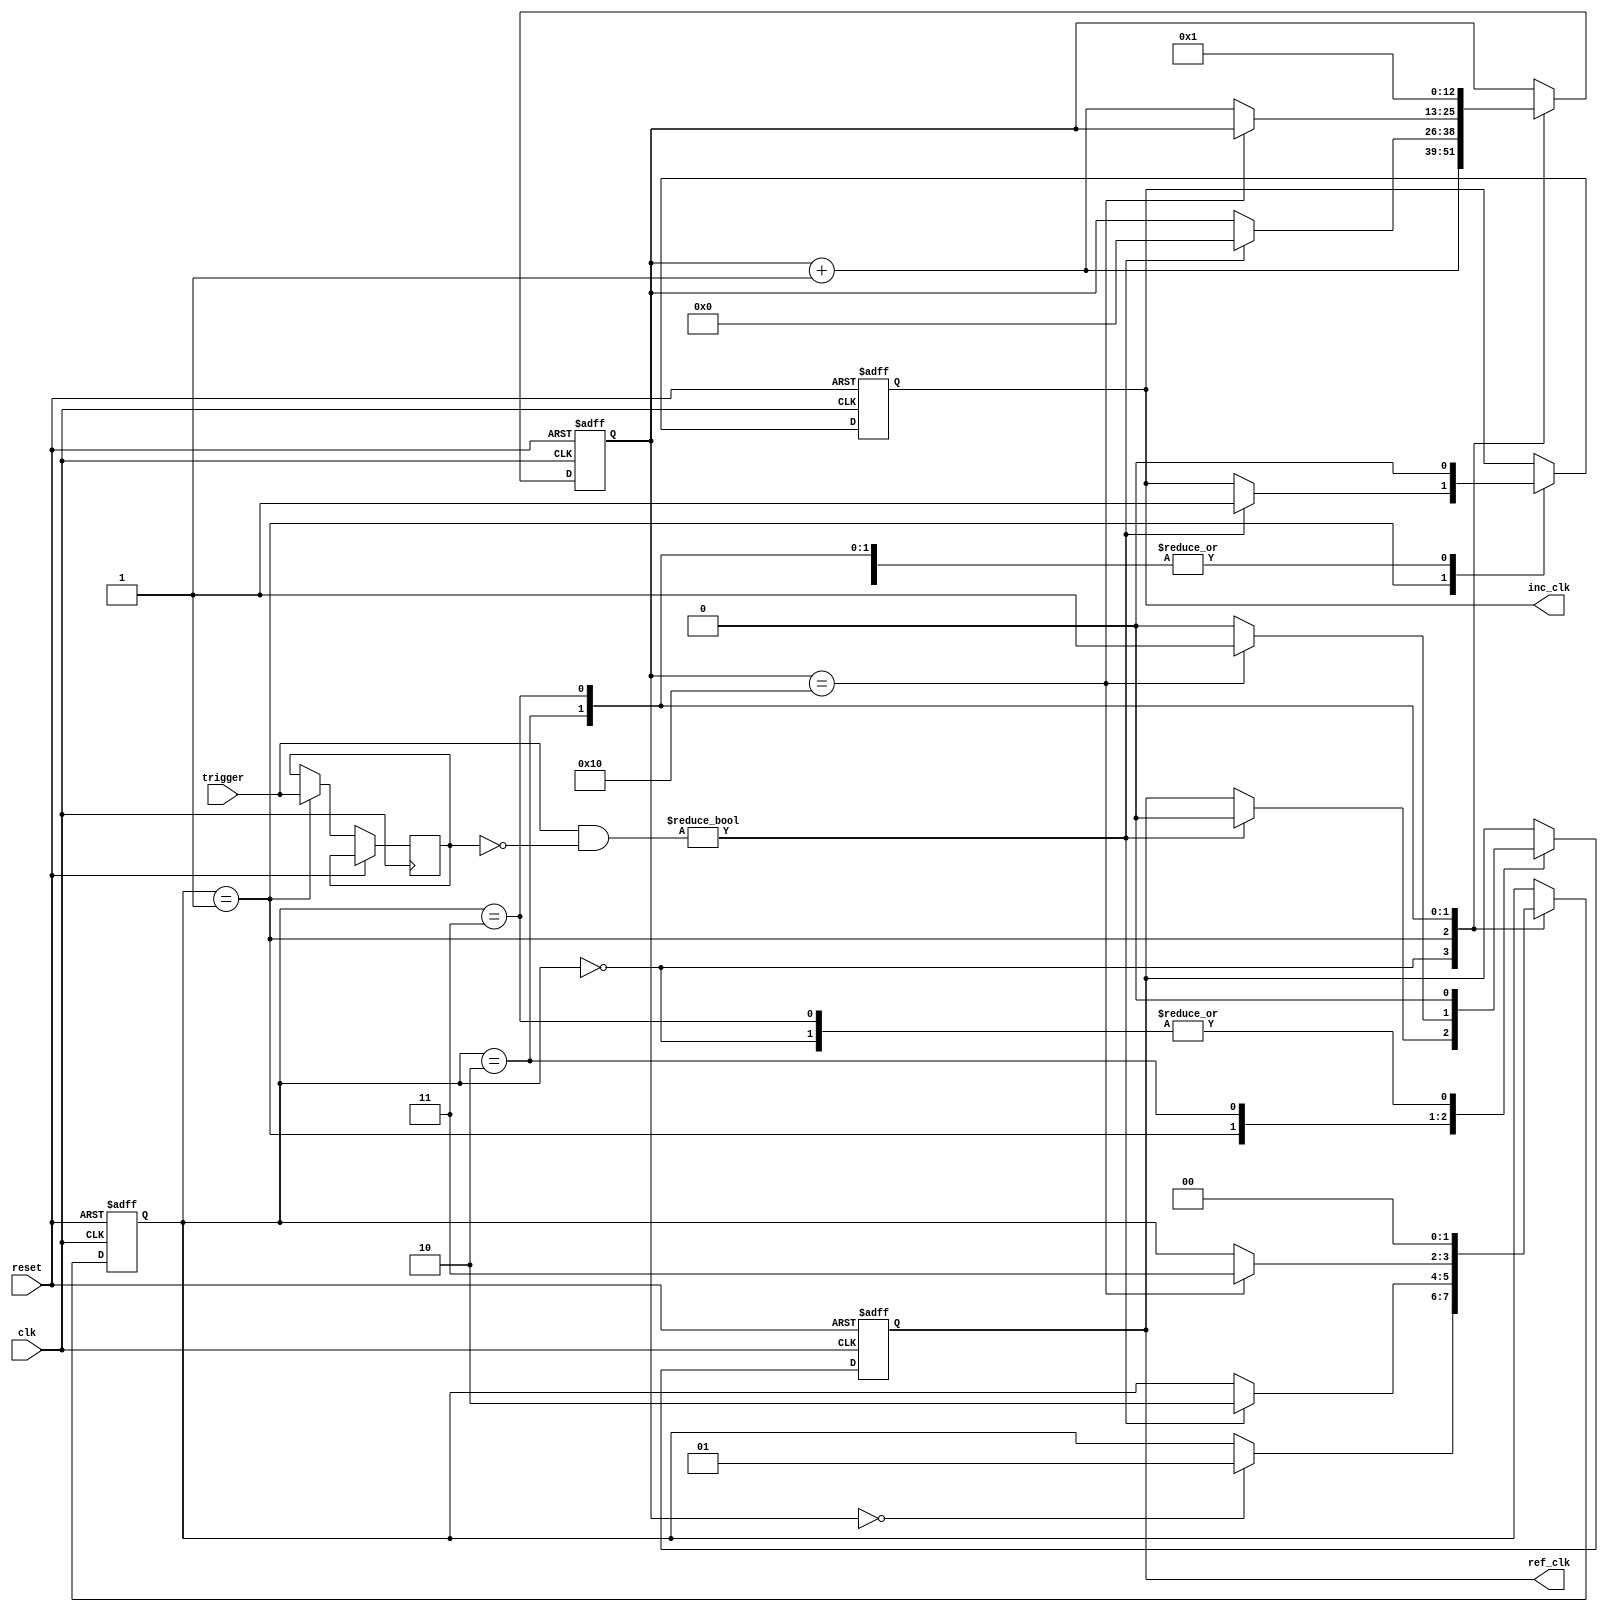
//   Copyright 2024 Martin Putz
//
//   Licensed under the Apache License, Version 2.0 (the "License");
//   you may not use this file except in compliance with the License.
//   You may obtain a copy of the License at
//
//       http://www.apache.org/licenses/LICENSE-2.0
//
//   Unless required by applicable law or agreed to in writing, software
//   distributed under the License is distributed on an "AS IS" BASIS,
//   WITHOUT WARRANTIES OR CONDITIONS OF ANY KIND, either express or implied.
//   See the License for the specific language governing permissions and
//   limitations under the License.

`define default_netname none

module input_trigger #( parameter DIGITS = 6) (
    
    
    	//Input
    input  wire [DIGITS-1:0] trigger, 	//Trigger for input debounce
    input  wire clk,			//System Clock    
    input wire reset,			//System Reset
    	
    	//Output
    output wire inc_clk,   		//Trigger Pulse for the Counter	
    output wire ref_clk   		//Trigger Pulse for the Output Refresh
);

	
	//Count Value
    reg [12:0] counter;

	//Stores the previous state of inputs
    reg [DIGITS-1:0] active_triggers;

	//State Machine Signals
    reg [1:0] State;
    localparam DebounceBlock = 2'b00;
    localparam Ready = 2'b01;
    localparam Calculation = 2'b10;
    localparam Refresh = 2'b11;
    	
    	//Assisting Output Signals
    reg inc_flag;
    reg ref_flag;
    
    always @(posedge clk or posedge reset) begin
        // if reset, set counter to 0
        if (reset) begin
            counter <= 'd0;
            inc_flag <= 1'b0;
            ref_flag <= 1'b0;
            State <= Ready;
        end else begin
        	case(State)
        	//No Reaction for 8191 clock cycles (= 8.191ms), debouncing of inputs
        	//utilizing overflow characteristic
    		DebounceBlock: begin
	    		if (counter == 'd0) begin
				State <= Ready;
			end
			counter <= counter + 'd1;
			inc_flag <= 1'b0;
			ref_flag <= 1'b0;
    		end	
    		//Start Increment/Output if inputs switch to high
    		Ready: begin
    			active_triggers <= trigger;
    			
    			//if new signal is active, start output of pulses
    			if ((trigger & ~active_triggers) != 'd0) begin
    				State <= Calculation;
		    		counter <= 'd0;
		    		inc_flag <= 1'b1;
		    		ref_flag <= 1'b0;
    			end 
    		end
    		//Wait for 16 cycles for the counters to finish (in case of carry over)
    		Calculation: begin
    			if (counter == 'd16) begin
				State <= Refresh;
				ref_flag <= 1'b1;
			end else begin
	    			counter <= counter + 'd1;
				ref_flag <= 1'b0;
			end
			inc_flag <= 1'b0;
    		end
    		//Output flag and switch to debounce
    		Refresh: begin
    			State <= DebounceBlock;
    			inc_flag <= 1'b0;
    			ref_flag <= 1'b0;
    			counter <= 'd1;
    		end
    		endcase
        end
    end

    
	//Assigning temporary signals to the outputs
    assign inc_clk = inc_flag;
    assign ref_clk = ref_flag;

endmodule